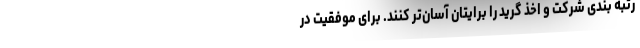
رتبه بندی شرکت و اخذ گرید را برایتان آسان‌تر کنند. برای موفقیت در